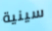
سينية